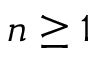
n \ge 1